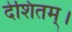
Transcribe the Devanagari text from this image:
देशितम्।